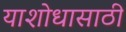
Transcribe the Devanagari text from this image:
याशोधासाठी